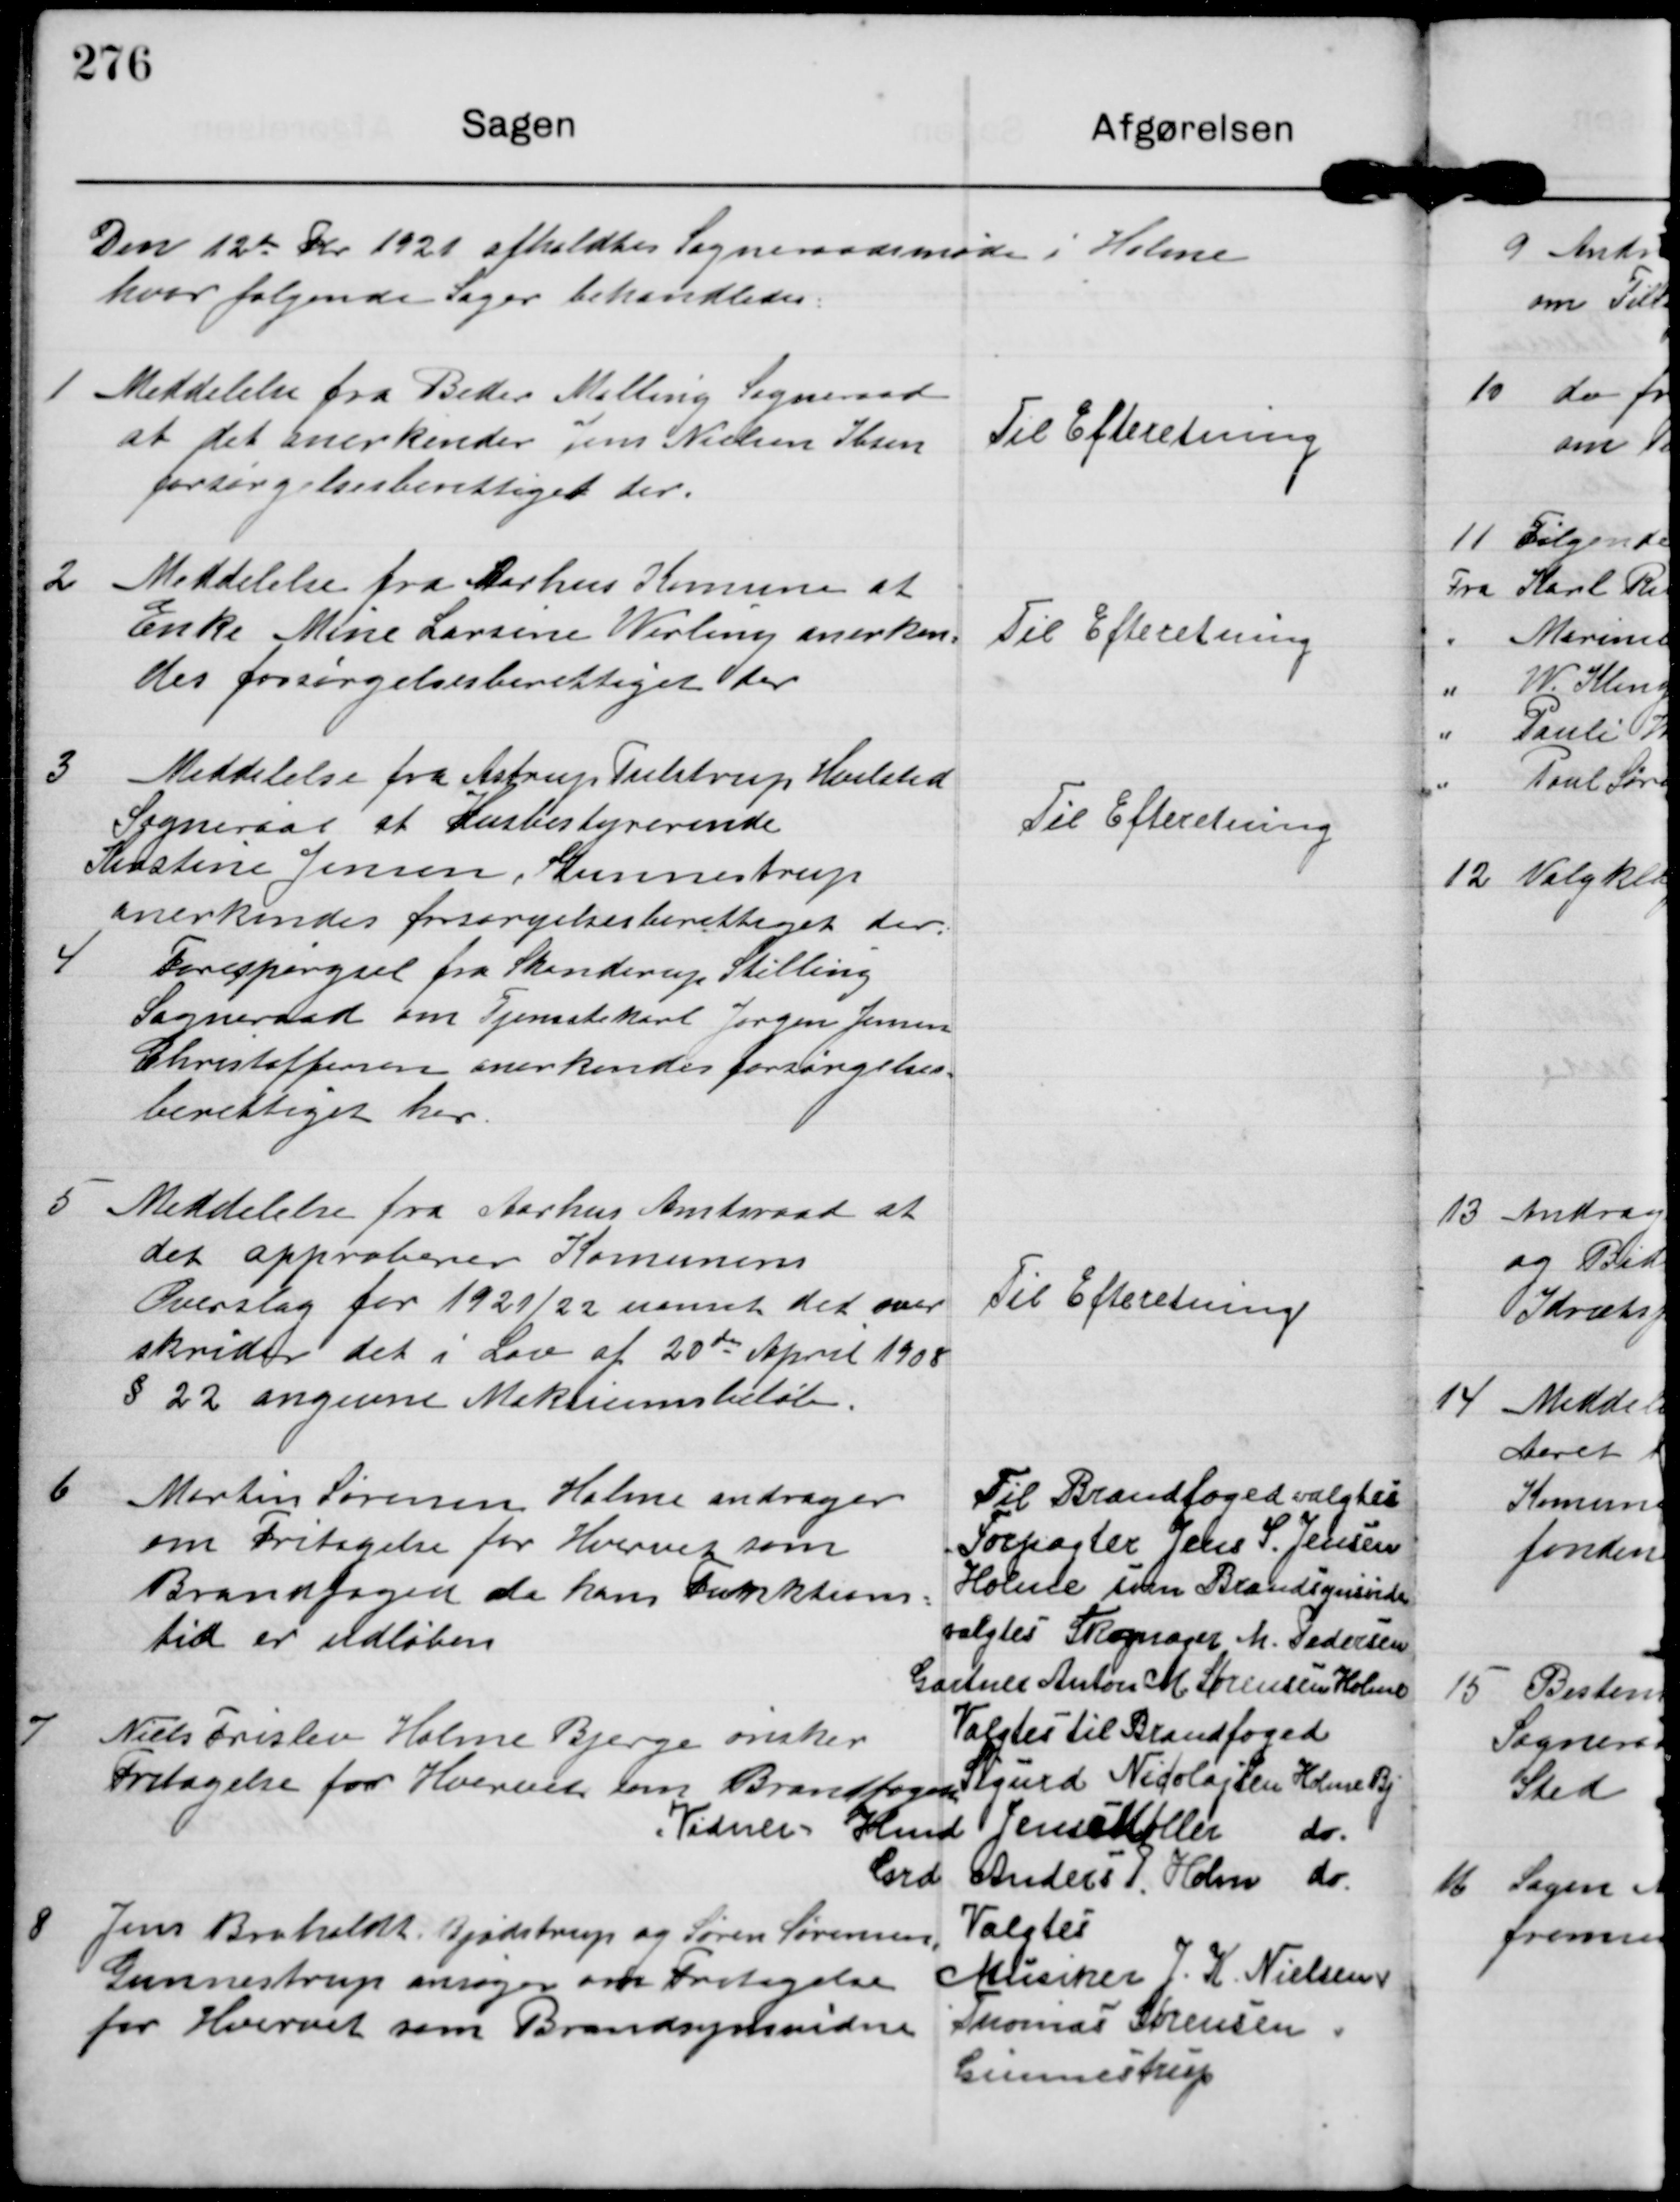
Transskription:
Den 12de Fbr 1921 afholdtes Sogneraadsmøde i Holme
hvor følgende Sager behandledes.

1

Meddelelse fra Beder Malling Sogneraad
at det anerkender Jens Nielsen Ibsen
forsørgelsesberettiget her.

Til Efteretning.

2

Meddelelse fra Aarhus Komune at
Enke Mine Larsine Werling anerken-
des forsørgelsesberettiget her

Til Efteretning.

3

Meddelelse fra Astrup Tulstrup Hvilsted
Sogneraad at Husbestyrerinde
Kirstine Jensen Gunnestrup
anerkendes forsørgelsesberettiget der.

Til Efteretning.

4

Forespørgsel fra Skanderup Stilling
Sogneraad om Tjenestekarl Jørgen Jensen
Christoffersen anerkendes forsørgelses-
berettiget her

5

Meddelelse fra Aarhus Amtsraad at
det approberer Komunens
Overslag for 1921/22 uanset det over
skrider det i Lov af 20de April 1908
§ 22 angivne Maksimumsbeløb.

Til Efteretning.

6

Martin Sørenen Holme andrager
om Fritagelse for Hvervet som
Brandfoged da hans Funkions-
tid er udløbne

Til Brandfoged valgtes
Forpagter Jens S. Jensen
Holme som Brandsynsvidne
valgtes Skomager M. Pedersen
Gartner Anton M. Sørensen Holme

7

Niels Frislev Holme Bjerge ønsker
Fritagelse for Hvervet som Brandfoged

Valgtes til Brandfoged
Sigurd Nicolajsen Holme Bj.
,Vidner´ Hmd Jens Møller do
Grd Anders P Holm do

8

Jens Broholdt Bjødstrup og Søren Sørensen
Gunnestrup ansøger om Fritagelse
for Hvervet som Brandsynsvidne

Valgtes
Musiker J K Nielsen
Thomas Sørensen.
Gunnestrup